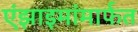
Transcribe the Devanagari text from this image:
एंझाइमांमार्फत